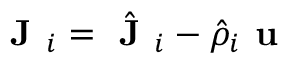
\textbf { J } _ { i } = \hat { \textbf { J } } _ { i } - \hat { \rho } _ { i } \textbf { u }